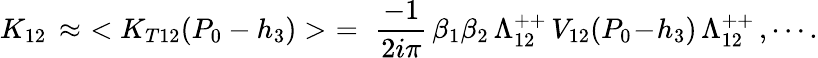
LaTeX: K_{12}\, \approx\, \, <K_{T12}(P_{0}-h_{3})>\, \, =\, \, {\frac{-1}{2i\pi}}\, \beta_{1}\beta_{2}\, \Lambda_{12}^{++}\, V_{12}(P_{0}\! -\! h_{3})\, \Lambda_{12}^{++}\, ,\cdots.